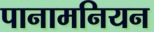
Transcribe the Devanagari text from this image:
पानामनियन